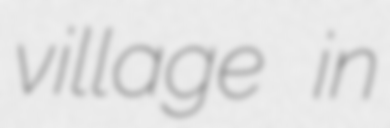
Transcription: village in